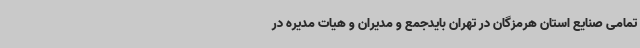
تمامی صنایع استان هرمزگان در تهران بایدجمع و مدیران و هیات مدیره در